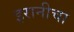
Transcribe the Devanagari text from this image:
इरानीचा